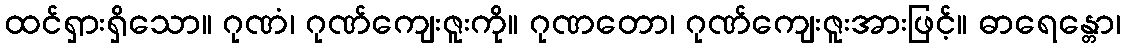
ထင်ရှားရှိသော။ ဂုဏံ၊ ဂုဏ်ကျေးဇူးကို။ ဂုဏတော၊ ဂုဏ်ကျေးဇူးအားဖြင့်။ ဓာရေန္တော၊